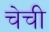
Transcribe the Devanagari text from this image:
चेची